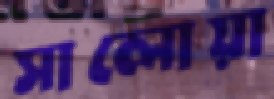
সালোয়া